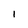
Character: I